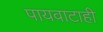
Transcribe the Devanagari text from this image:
पायवाटाही